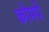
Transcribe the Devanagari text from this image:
कोमपे